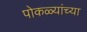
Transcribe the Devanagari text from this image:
पोकळ्यांच्या